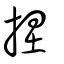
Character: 捏